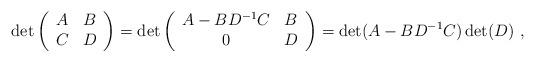
LaTeX: \begin{align*}\det \left (\begin{array}{cc}A & B \\C & D \\ \end{array}\right)=\det \left(\begin{array}{cc}A-BD^{-1}C & B \\0 & D \\ \end{array}\right)=\det( A-BD^{-1}C)\det(D) \ ,\end{align*}